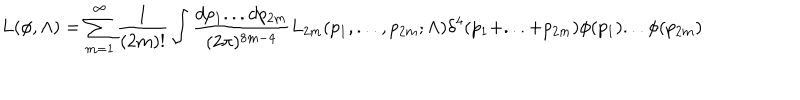
LaTeX: L ( \phi , \Lambda ) = \sum _ { m = 1 } ^ { \infty } { \frac { 1 } { ( 2 m ) ! } } \int { \frac { d p _ { 1 } . . . d p _ { 2 m } } { ( 2 \pi ) ^ { 8 m - 4 } } } L _ { 2 m } ( p _ { 1 } , . . . , p _ { 2 m } ; \Lambda ) \delta ^ { 4 } ( p _ { 1 } + . . . + p _ { 2 m } ) \phi ( p _ { 1 } ) . . . \phi ( p _ { 2 m } )